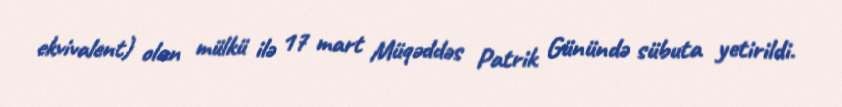
ekvivalent) olan mülkü ilə 17 mart Müqəddəs Patrik Günündə sübuta yetirildi.